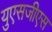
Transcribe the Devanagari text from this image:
युएसजीएस